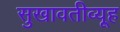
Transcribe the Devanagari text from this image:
सुखावतीव्यूह